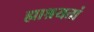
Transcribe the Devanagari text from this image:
ह्माश्रयतां